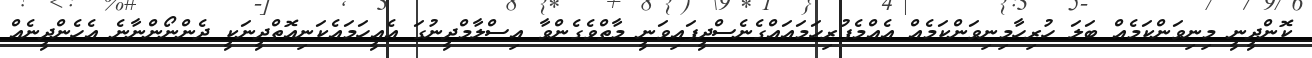
ކޮންދީނީ މިނިވަންކަމެއް ބަލަ ހުރިހާމިނިވަންކަމެއް އެއްމެފުރިހަމައައްގެނެސްދީފައިވަނީ މާތްވެގެންވާ އިސްލާމްދީނުގަ އެއީހަމައެކަނިއޮތްދީނަކީ ދެންނޯންނާނެ އެހެންދީނެއް